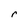
Character: r